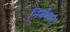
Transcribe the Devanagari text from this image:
निर्बंधात